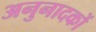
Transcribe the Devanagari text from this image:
अनुनादकों